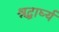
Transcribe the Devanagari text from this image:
श्रद्धार्घ्य